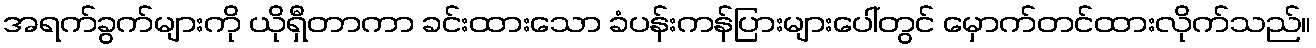
အရက်ခွက်များကို ယိုရှီတာကာ ခင်းထားသော ခံပန်းကန်ပြားများပေါ်တွင် မှောက်တင်ထားလိုက်သည်။